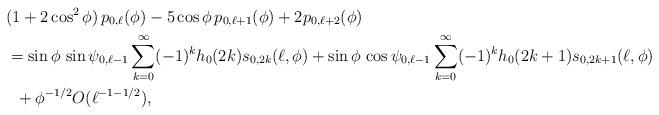
LaTeX: \begin{align*}&(1+2 \cos^2 \phi ) \, p_{0,\ell}( \phi)-5 \cos \phi \, p_{0,\ell+1}( \phi)+2 p_{0,\ell+2}( \phi)\\&= \sin \phi \, \sin \psi_{0,\ell-1} \sum_{k=0}^\infty (-1)^k h_0(2k) s_{0,2k}(\ell,\phi) +\sin \phi \, \cos \psi_{0,\ell-1} \sum_{k=0}^\infty (-1)^k h_0(2k+1) s_{0,2k+1}(\ell,\phi) \\&\;\;+ \phi^{-1/2} O(\ell^{-1-1/2}),\end{align*}